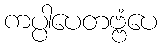
ကပ္ပါပေတဗ္ဗံပေ